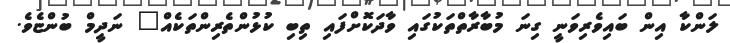
ލަންކާ އިން ބައިވެރިވަނީ ގިނަ މުބާރާތްތަކުގައި ވާދަކޮށްފައި ތިބި ކުޅުންތެރިންތަކެއް" ނަދީމް ބުންޏެވެ.